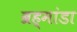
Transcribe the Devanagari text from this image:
ब्रह्मांडा